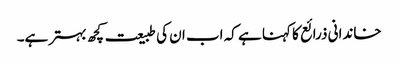
خاندانی ذرائع کا کہنا ہے کہ اب ان کی طبیعت کچھ بہتر ہے۔